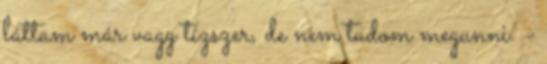
láttam már vagy tízszer, de nem tudom megunni. -